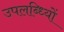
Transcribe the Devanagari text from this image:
उपलब्ध्यिों